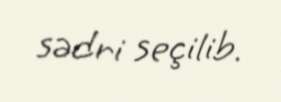
sədri seçilib.